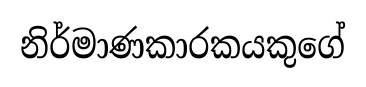
නිර්මාණකාරකයකුගේ